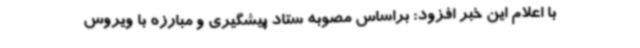
با اعلام این خبر افزود: براساس مصوبه ستاد پیشگیری و مبارزه با ویروس